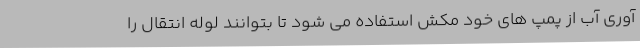
آوری آب از پمپ های خود مکش استفاده می شود تا بتوانند لوله انتقال را